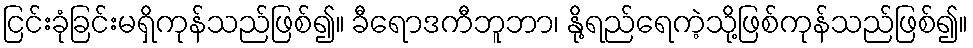
ငြင်းခုံခြင်းမရှိကုန်သည်ဖြစ်၍။ ခီရောဒကီဘူဘာ၊ နို့ရည်ရေကဲ့သို့ဖြစ်ကုန်သည်ဖြစ်၍။